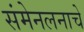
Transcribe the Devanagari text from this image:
संमेनलनाचे